Leaving Certificate Examination, 1904
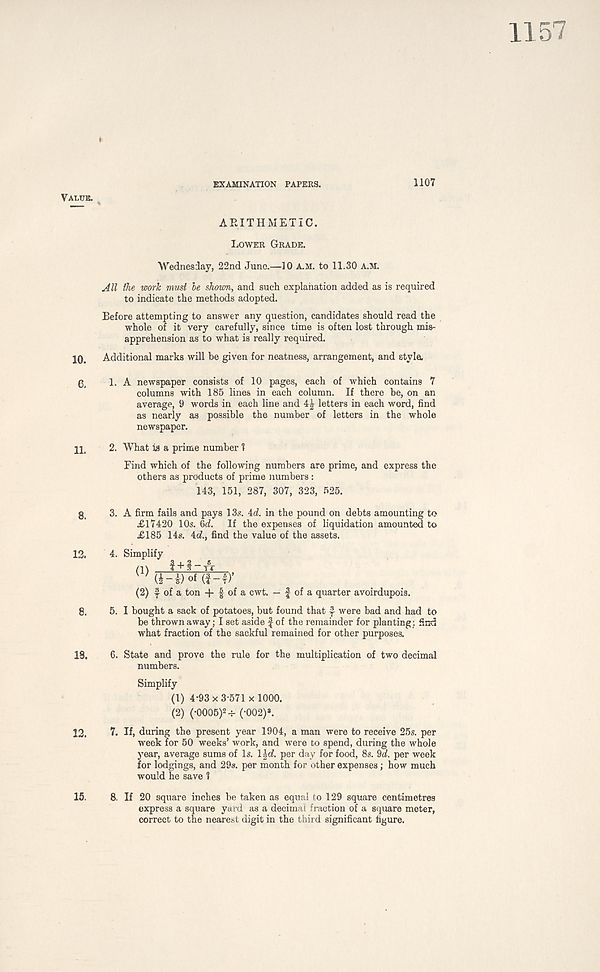
EXAMINATION PAPERS.
1107
Value.
10.
6.
11.
8.
13.
8.
18.
12.
15.
ARITHMETIC.
Lower Grade.
Wednesday, 22nd Juno.—10 a.m. to 11.30 A.M.
All the work must be shown, and such explanation added as is required
to indicate the methods adopted.
Before attempting to answer any question, candidates should read the
whole of it very carefully, since time is often lost through mis-
apprehension as to what is really required.
Additional marks will be given for neatness, arrangement, and style.
1. A newspaper consists of 10 pages, each of which contains 7
columns with 185 lines in each column. If there he, on an
average, 9 words in each line and letters in each word, find
as nearly as possible the number of letters in the whole
newspaper.
2. What is a prime number 1
Find which of the following numbers are prime, and express the
others as products of prime numbers:
143, 151, 287, 307, 323, 525.
3. A firm fails and pays ISs. id. in the pound on debts amounting to
£17420 10s. 6d. If the expenses of liquidation amounted to
£185 14s. 4d., find the value of the assets.
4. Simplify
(1) f + f-
(W) of (i-i)’
(2) f of a ton + f of a cwt. — f of a quarter avoirdupois.
5. I bought a sack of potatoes, but found that f were bad and had to
be thrown away; I set aside f of the remainder for planting: find
what fraction of the sackful remained for other purposes.
6. State and prove the rule for the multiplication of two decimal
numbers.
Simplify
(1) 4*93 x 3-571 x 1000.
(2) (-0005) 2 -r (-002)*.
7. If, during the present year 1904, a man were to receive 25s. per
week for 50 weeks’ work, and were to spend, during the whole
year, average sums of Is. l£d. per day for food, 8s. 9d. per week
for lodgings, and 29s. per month for other expenses; how much
would he save 1
8. If 20 square inches be taken as equal to 129 square centimetres
express a square yard as a decimal fraction of a square meter,
correct to the nearest digit in the third significant figure.